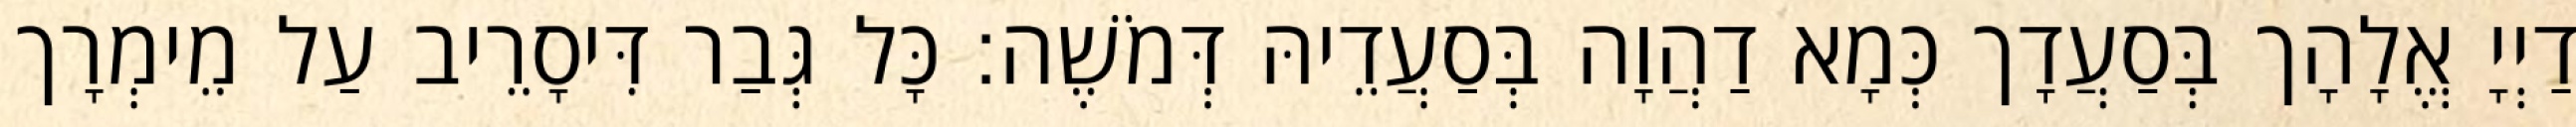
דַיְיָ אֱלָהָך בְּסַעֲדָך כְּמָא דַהֲוָה בְּסַעֲדֵיהּ דְּמֹשֶׁה׃ כָּל גְּבַר דִּיסָרֵיב עַל מֵימְרָך